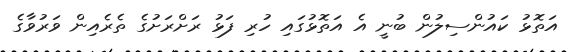
އަތޮޅު ކައުންސިލުން ބުނީ އެ އަތޮޅުގައި ހުރި ފަޅު ރަށްރަށުގެ ތެރެއިން ވަރުވާގެ